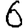
Digit: 6